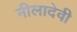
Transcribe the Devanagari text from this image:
नीलादेवी